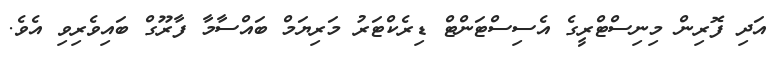
އަދި ފޮރިން މިނިސްޓްރީގެ އެސިސްޓަންޓް ޑިރެކްޓަރު މަރިޔަމް ބައްސާމާ ފާރޫގް ބައިވެރިވި އެވެ.